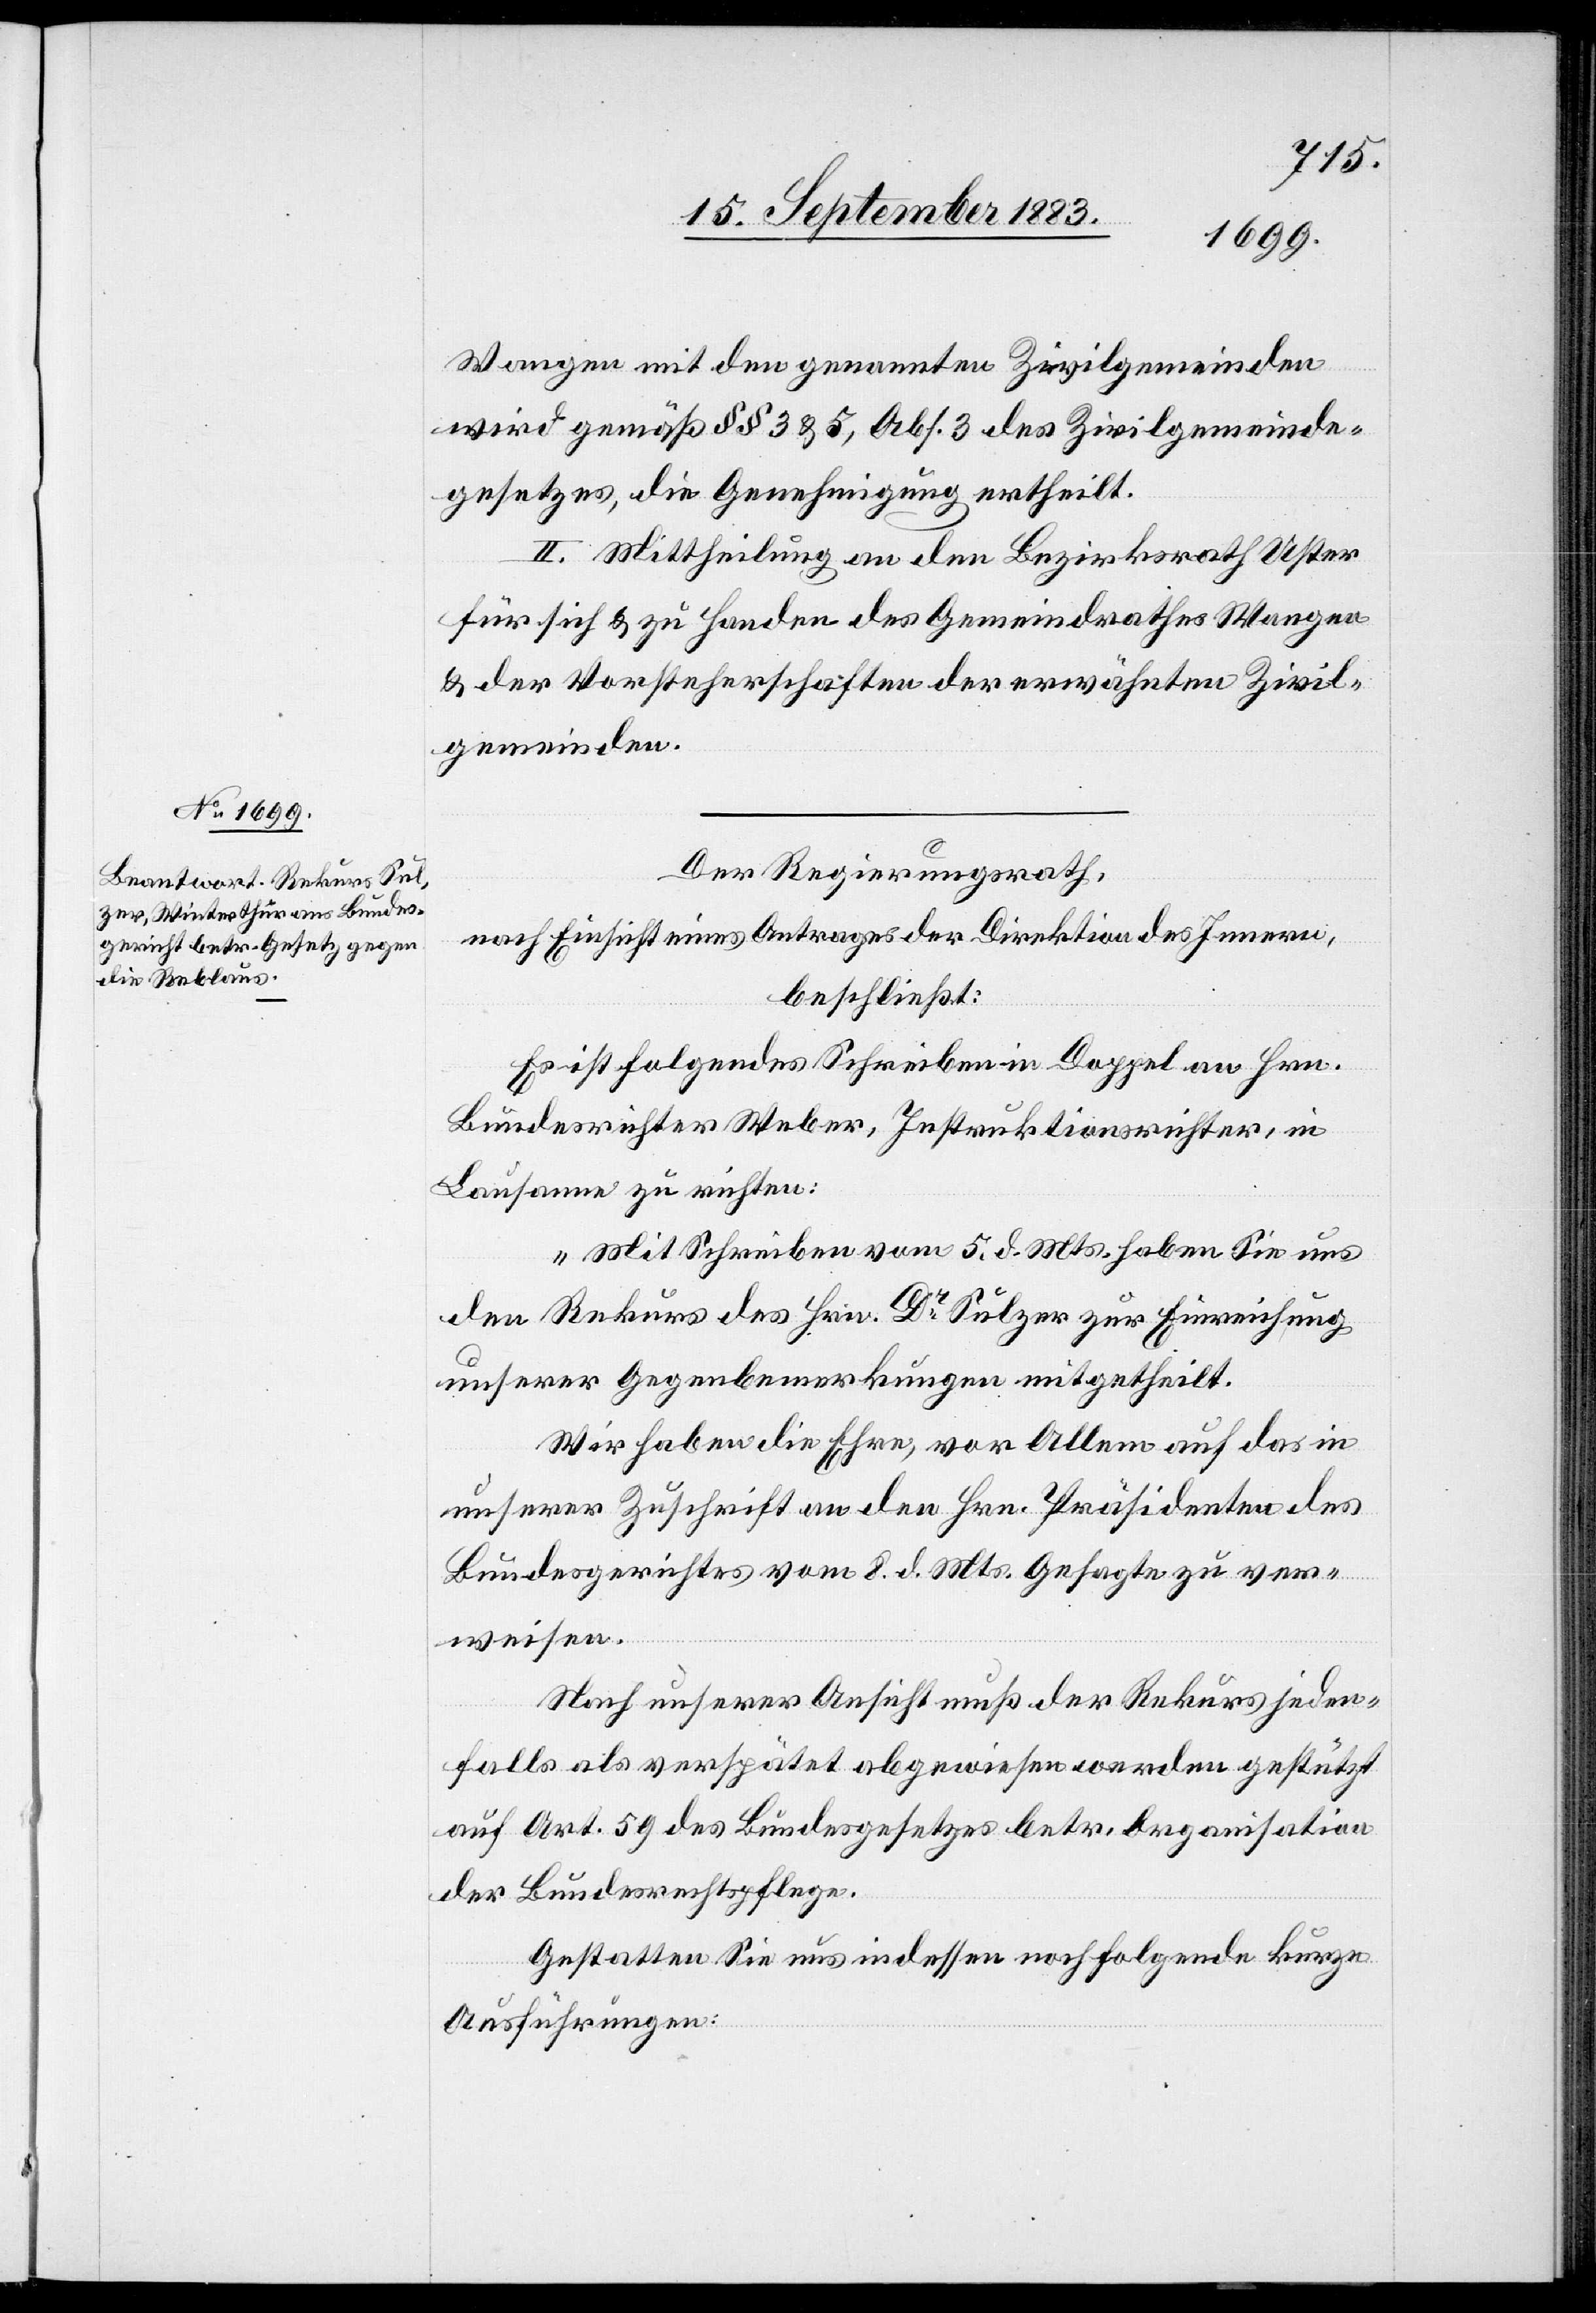
Wangen mit den genannten Zivilgemeinden
wird gemäß §§ 3 & 5, Abs. 3 des Zivilgemeinde¬
gesetzes, die Genehmigung ertheilt.
II. Mittheilung an den Bezirksrath Uster
für sich & zu Handen des Gemeindrathes Wangen
& der Vorsteherschaften der erwähnten Zivil¬
gemeinden.